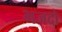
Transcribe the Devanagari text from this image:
भजदो